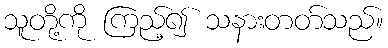
သူတို့ကို ကြည့်၍ သနားတတ်သည်။